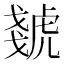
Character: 虦